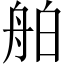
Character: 舶